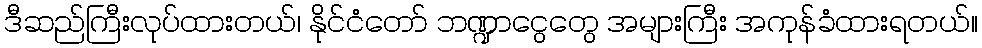
ဒီဆည်ကြီးလုပ်ထားတယ်၊ နိုင်ငံတော် ဘဏ္ဍာငွေတွေ အများကြီး အကုန်ခံထားရတယ်။